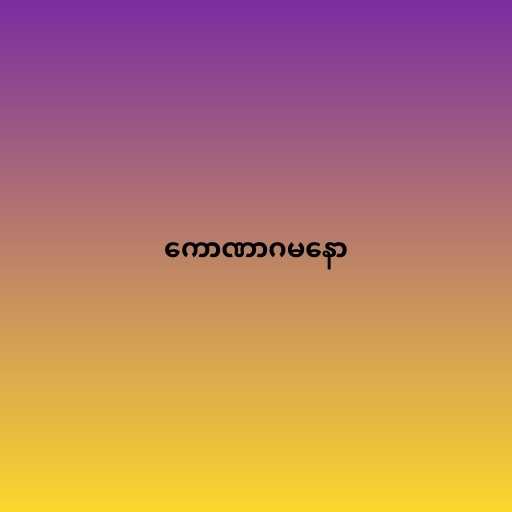
ကောဏာဂမနော